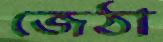
জেঠা